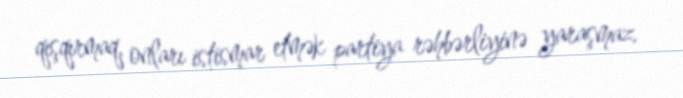
qışqırmaq, onları istismar etmək partiya rəhbərliyinə yaraşmaz.